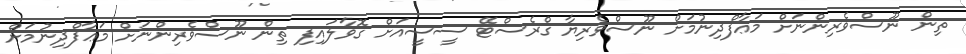
ތިން ނޫސްވެރިންނަށް މަޢާފްދިނުމަށް ނޫސްވެރިޔާ ގްރެސްޓޭ ސީސީއަށް ގޮވާލައިފި ތިން ނޫސްވެރިންނަށް މަޢާފްދިނުމަށް